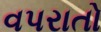
વપરાતો